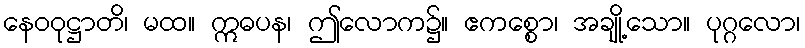
နေဝဝုဋ္ဌာတိ၊ မထ။ ဣဓပန၊ ဤလောက၌။ ဧကစ္စော၊ အချို့သော။ ပုဂ္ဂလော၊